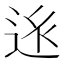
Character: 𨒢